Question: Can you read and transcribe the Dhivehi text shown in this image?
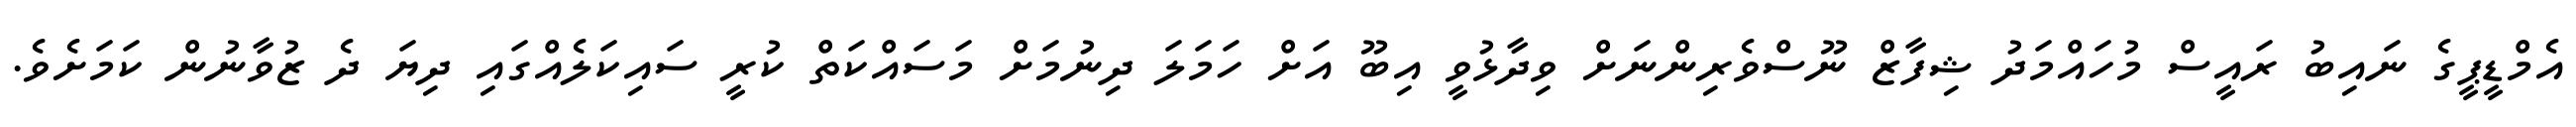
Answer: އެމްޑީޕީގެ ނައިބު ރައީސް މުހައްމަދު ޝިފާޒް ނޫސްވެރިންނަށް ވިދާޅުވީ އިބޫ އަށް ހަމަލަ ދިނުމަށް މަސައްކަތް ކުރީ ސައިކަލެއްގައި ދިޔަ ދެ ޒުވާނުން ކަމަށެވެ.